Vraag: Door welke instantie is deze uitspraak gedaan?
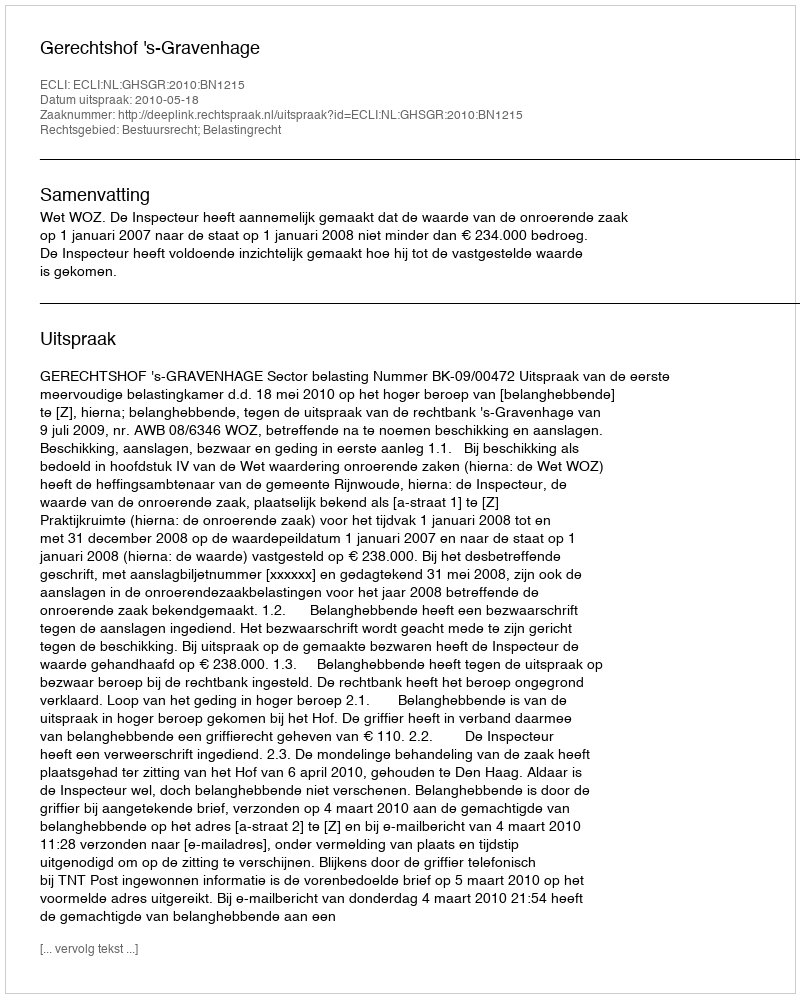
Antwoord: Gerechtshof 's-Gravenhage